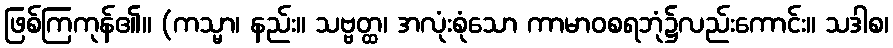
ဖြစ်ကြကုန်၏။ (ကသ္မာ၊ နည်း။ သဗ္ဗတ္ထ၊ အလုံးစုံသော ကာမာဝစရဘုံ၌လည်းကောင်း။ သဒါစ၊